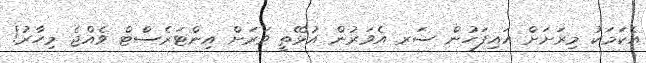
އެކަމަކު މިރަށަށް އައިފަހުން ސަރ އެވަރުން އުޅޭތީ ވަރަށް އިންޓަރެސްޓް ވެއްޖެ މިހާރު!